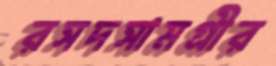
রসদসামগ্রীর